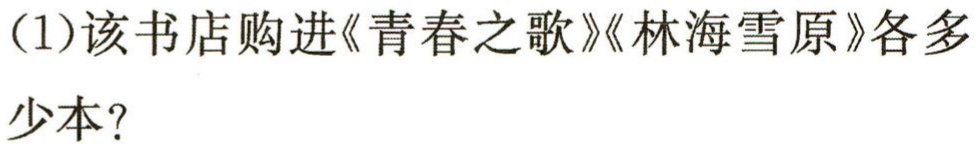
(1)该书店购进《青春之歌》《林海雪原》各多

少本？